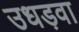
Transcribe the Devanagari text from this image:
उधड़वा